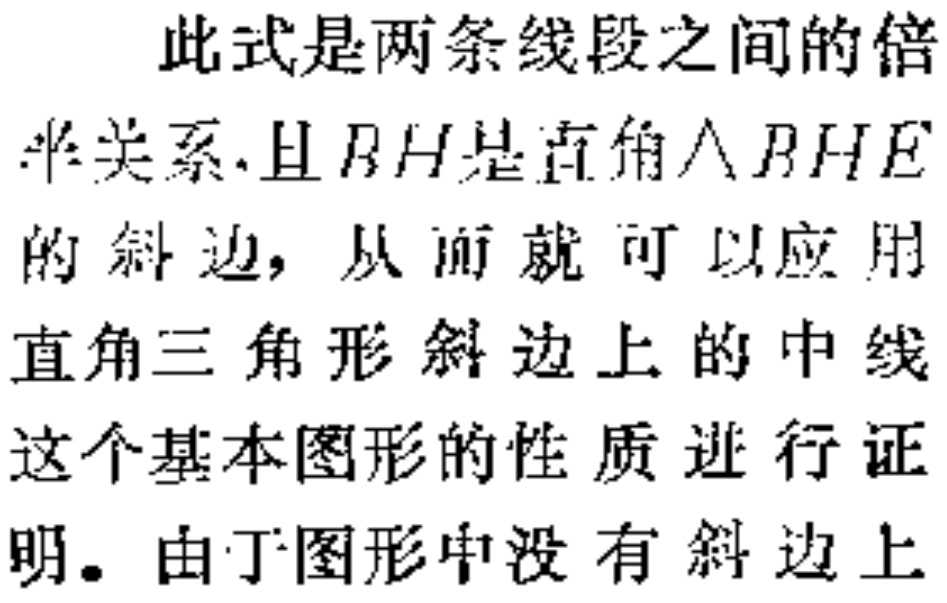
此式是两条线段之间的倍

半关系.且\(BH\)是直角\(\triangle BHE\)

的斜边，从而就可以应用

直角三角形斜边上的中线

这个基本图形的性质进行证

明。由于图形中没有斜边上